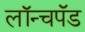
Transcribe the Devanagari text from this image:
लॉन्चपॅड